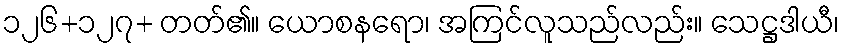
၁၂၆+၁၂၇+ တတ်၏။ ယောစနရော၊ အကြင်လူသည်လည်း။ သေဋ္ဌဒါယီ၊